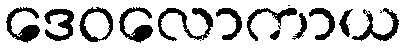
ဒေဝလောကာယ